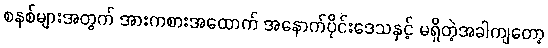
စနစ်များအတွက် အားကစားအထောက် အနောက်ပိုင်းဒေသနှင့် မရှိတဲ့အခါကျတော့